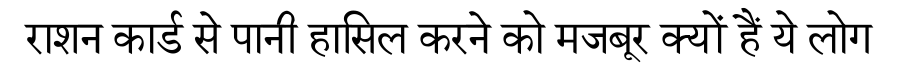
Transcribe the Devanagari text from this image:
राशन कार्ड से पानी हासिल करने को मजबूर क्यों हैं ये लोग